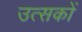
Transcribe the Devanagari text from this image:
उत्सकों